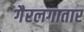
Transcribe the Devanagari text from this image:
गैरलगातार